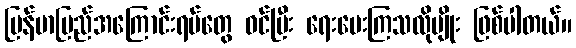
မြန်မာပြည်အကြောင်းရပ်တွေ ဝင်ပြီး ရေးပေးကြသလိုမျိုး ဖြစ်ပါတယ်။